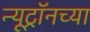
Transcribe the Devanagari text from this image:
न्यूट्रॉनच्या